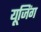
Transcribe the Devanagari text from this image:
यूजिंग